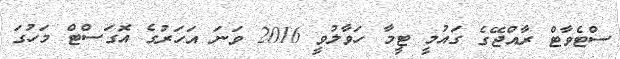
ސްޓެވާޓް ރާއްޖޭގެ ގައުމީ ޓީމާ ހަވާލުވީ 2016 ވަނަ އަހަރުގެ އޮގަސްޓް މަހުގަ